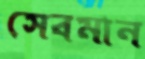
সেবমান